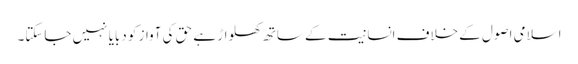
اسلامی اصول کے خلاف انسانیت کے ساتھ کھلواڑ ہے حق کی آواز کو دبایا نہیں جاسکتا۔